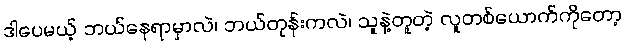
ဒါပေမယ့် ဘယ်နေရာမှာလဲ၊ ဘယ်တုန်းကလဲ၊ သူနဲ့တူတဲ့ လူတစ်ယောက်ကိုတော့